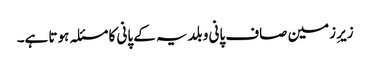
زیرِ زمین صاف پانی و بلدیہ کے پانی کا مسئلہ ہوتا ہے۔